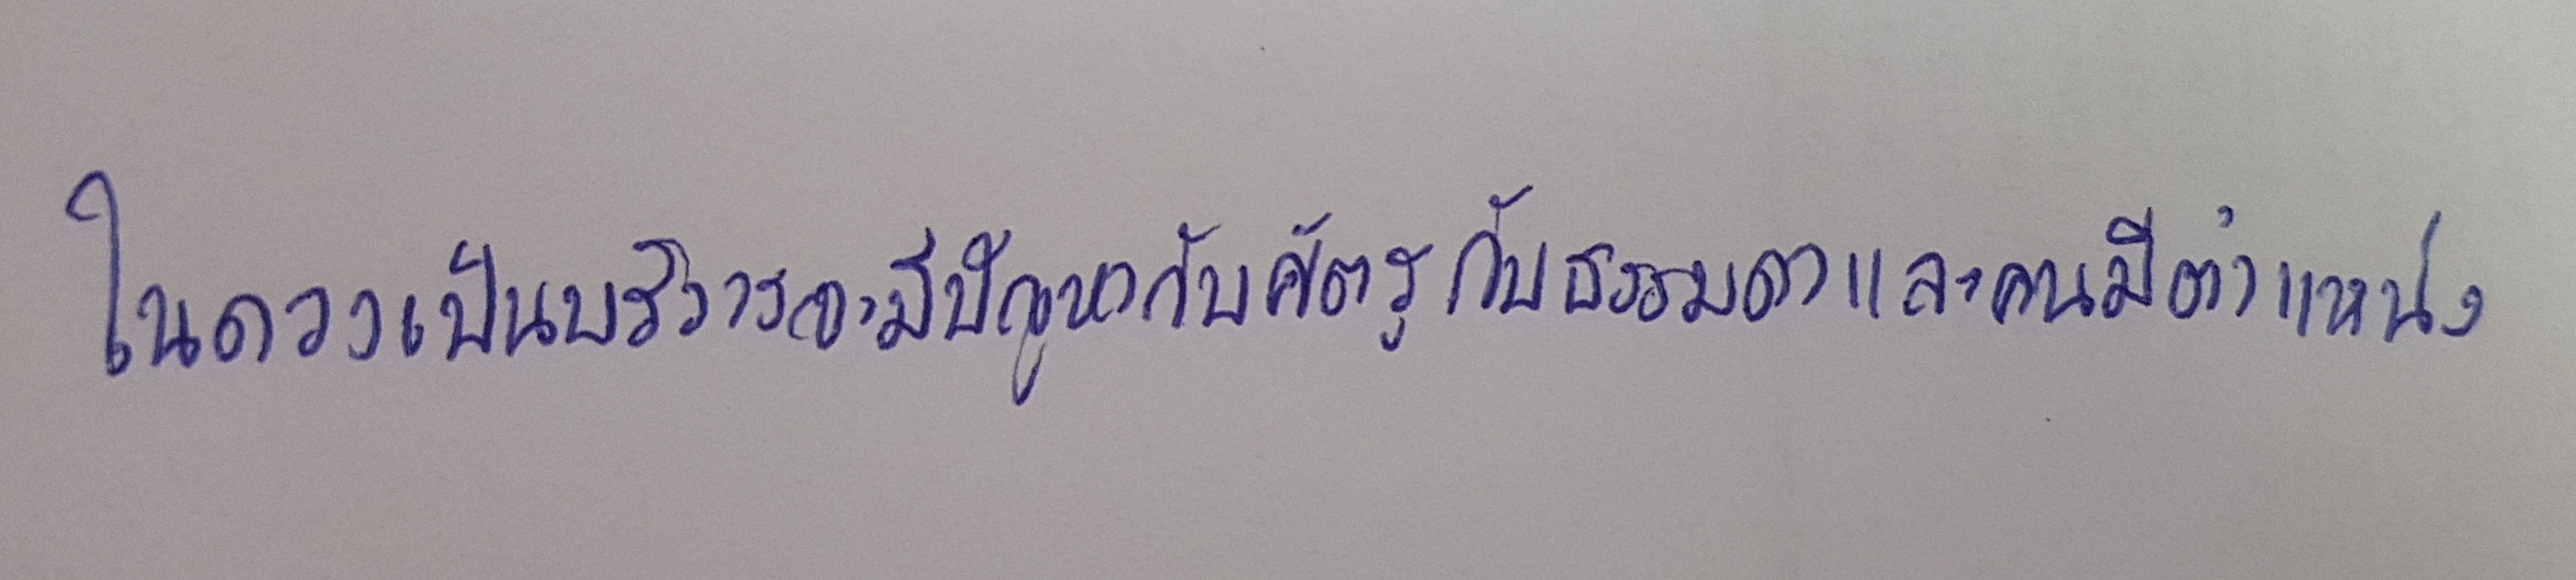
ในดวงเป็นบริวารจะมีปัญหากับศัตรูกับธรรมดาและคนมีตำแหน่ง